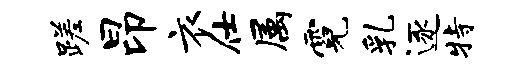
蹉昂衣仕属霓乳逐特